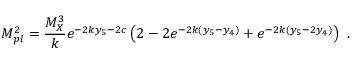
M _ { p l } ^ { 2 } = { \frac { M _ { X } ^ { 3 } } { k } } e ^ { - 2 k y _ { 5 } - 2 c } \left( 2 - 2 e ^ { - 2 k ( y _ { 5 } - y _ { 4 } ) } + e ^ { - 2 k ( y _ { 5 } - 2 y _ { 4 } ) } \right) ~ . ~ \,